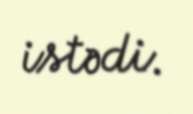
istədi.